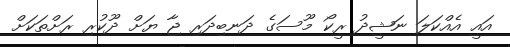
އައީ އެއްކަލަ ނަޝީދު ރީކޯ މޫސަގެ ދަނބިދަރި ޖާ ޔަށް ދޫކުރި ރަށްތަކަށް